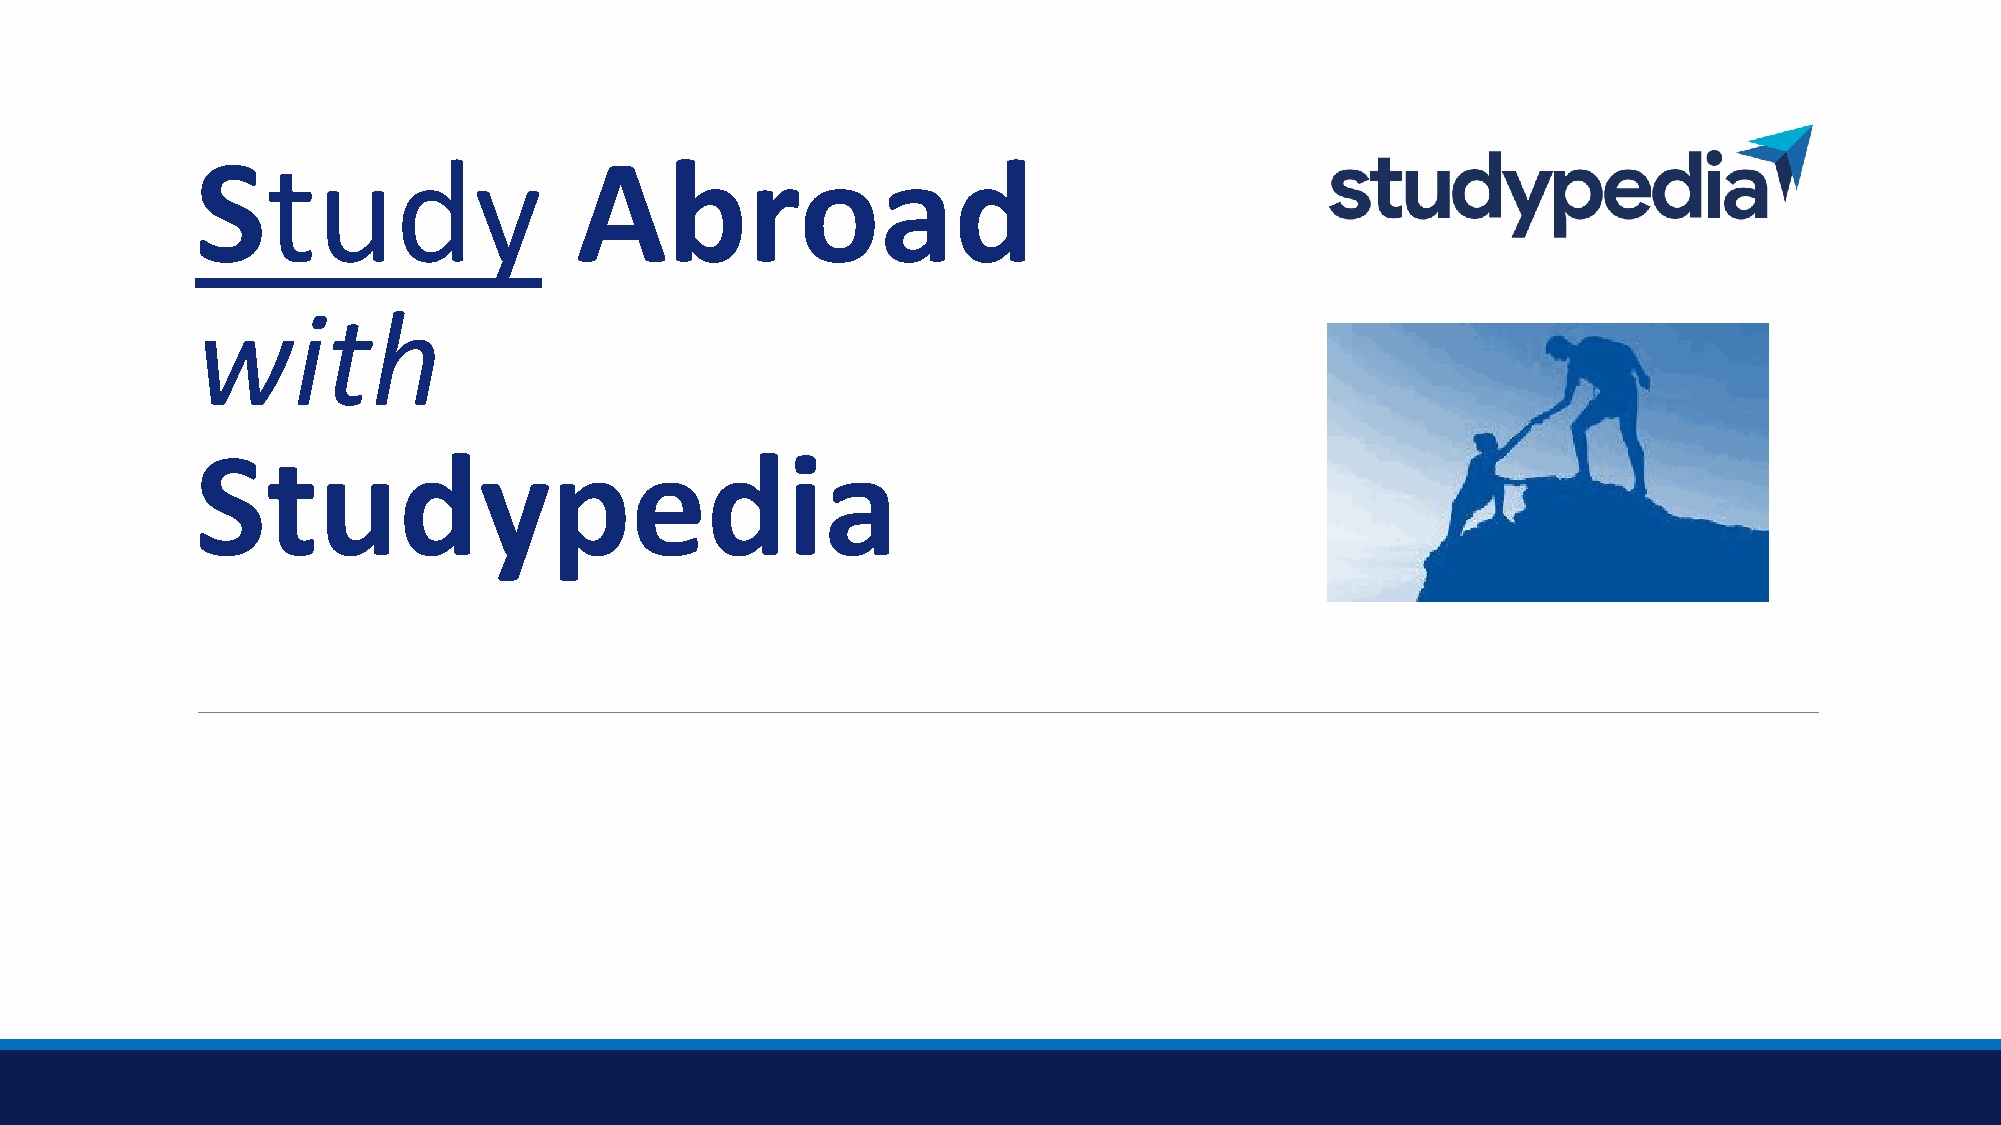
Study                    Abroad
 with
 Studypedia